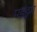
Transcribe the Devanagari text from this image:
मडंड्रम